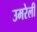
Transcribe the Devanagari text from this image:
उमरेली